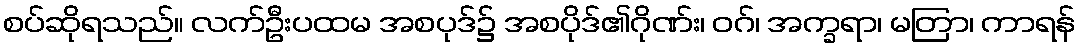
စပ်ဆိုရသည်။ လက်ဦးပထမ အစပုဒ်၌ အစပိုဒ်၏ဂိုဏ်း၊ ဝဂ်၊ အက္ခရာ၊ မတြာ၊ ကာရန်